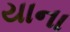
યાના